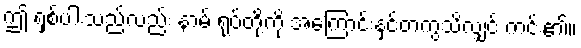
ဤ ရှစ်ပါးသည်လည်း နာမ် ရုပ်တို့ကို အကြောင်းနှင့်တကွသိလျှင် ကင်း၏။